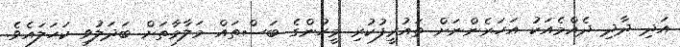
އަދި ދާދި ދެއްމެއަކު އަހަރެންނަށް ތައުރީފުކުރި މީހުންގެ ބަސްތައް މަލާމާތަށް ބަދަލުވި ކަހަލައެވެ.